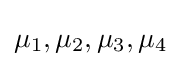
\mu _{1},\mu _{2},\mu _{3},\mu _{4}